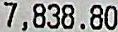
7,838.80